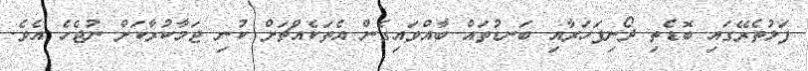
ފަޅުތެރޭގައި ބޮޑެތި ދޯނިފަހަރާއި ބަނޑުތައް ބާއްވައިގެން އެތަކެއްޗަށް ކުނި ޖަމާކުރާކަށް ނުޖެހެ އެވެ.